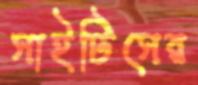
সাইটিসের